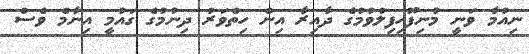
ނިއުމާ ވަނީ މުނިފޫހިފިލުވުމުގެ ދާއިރާ އިން ހިތްވަރު ދިނުމުގެ ގައުމީ އިނާމް ވެސް